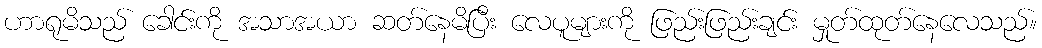
ဟာရုမိသည် ခေါင်းကို အသာအယာ ဆတ်နေမိပြီး လေပူများကို ဖြည်းဖြည်းချင်း မှုတ်ထုတ်နေလေသည်။